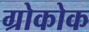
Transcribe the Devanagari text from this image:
ग्रोकोक